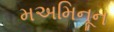
મઅમિનૂન